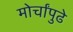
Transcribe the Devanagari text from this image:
मोर्चांपुढे